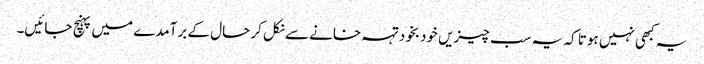
یہ کبھی نہیں ہوتا کہ یہ سب چیزیں خودبخود تہہ خانے سے نکل کر حال کے برآمدے میں پہنچ جائیں۔